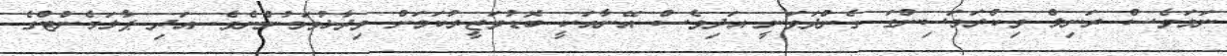
ނަމަވެސް ރަނިލް ވިކްރަމަސިންގަ ގެންދަވަނީ އަދިވެސް އޭނާއަކީ ބޮޑުވަޒީރުކަމަށް ވިދާޅުވަމުންނެވެ. އަދި ޕާލަމެންޓްގެ